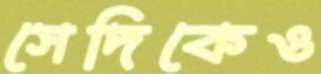
সেদিকেও